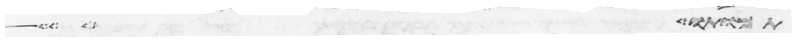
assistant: אמות שש